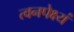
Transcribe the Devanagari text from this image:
त्वनपेक्ष्यं